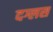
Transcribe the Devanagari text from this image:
दग्लस